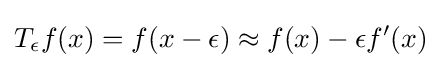
T_{\epsilon }f(x)=f(x-\epsilon )\approx f(x)-\epsilon f'(x)